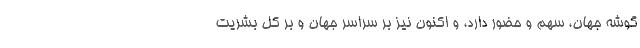
گوشه جهان، سهم و حضور دارد، و اکنون نیز بر سراسر جهان و بر کل بشریت